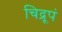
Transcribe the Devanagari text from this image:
चिद्रूपं